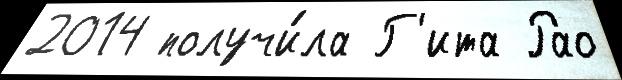
2014 получи́ла Г'ита Рао